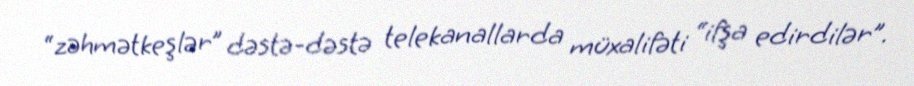
“zəhmətkeşlər” dəstə-dəstə telekanallarda müxalifəti “ifşa edirdilər”.